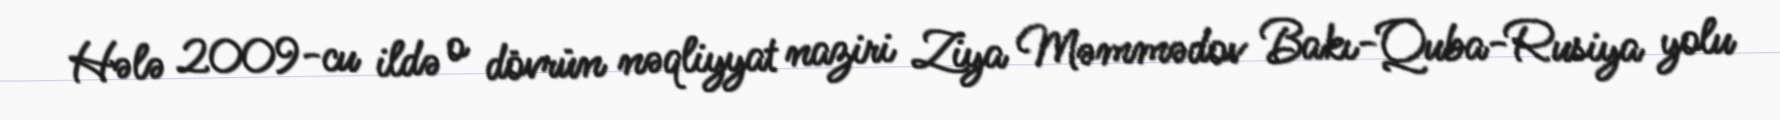
Hələ 2009-cu ildə o dövrün nəqliyyat naziri Ziya Məmmədov Bakı-Quba-Rusiya yolu